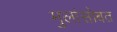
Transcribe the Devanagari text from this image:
मुलांसोबत